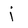
Character: j